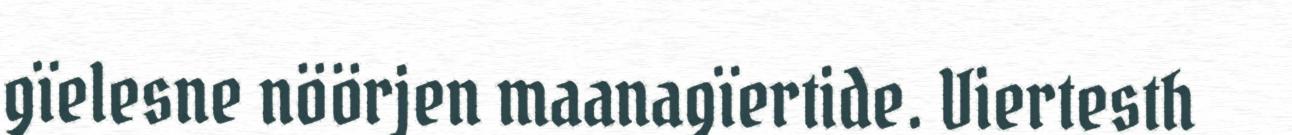
gïelesne nöörjen maanagïertide. Viertesth